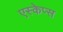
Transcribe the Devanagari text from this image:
एस्केप्स